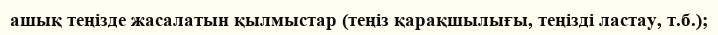
ашық теңізде жасалатын қылмыстар (теңіз қарақшылығы, теңізді ластау, т.б.);